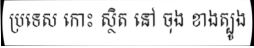
ប្រទេស កោះ ស្ថិត នៅ ចុង ខាងត្បូង